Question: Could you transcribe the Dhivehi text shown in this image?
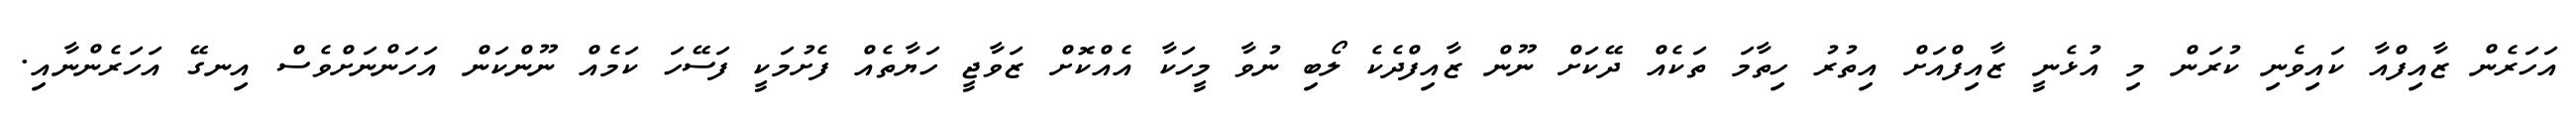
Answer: އަހަރެން ޒާއިފްއާ ކައިވެނި ކުރަން މި އުޅެނީ ޒާއިފްއަށް އިތުރު ހިތާމަ ތަކެއް ދޭކަށް ނޫން ޒާއިފްދެކެ ލޯބި ނުވާ މީހަކާ އެއްކޮށް ޒަވާޖީ ހަޔާތެއް ފެށުމަކީ ފަސޭހަ ކަމެއް ނޫންކަން އަހަންނަށްވެސް އިނގޭ އަހަރެންނާއި.